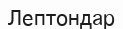
Лептондар